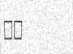
١٢